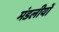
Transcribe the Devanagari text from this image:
मंडलीयों